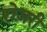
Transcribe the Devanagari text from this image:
रोज़री